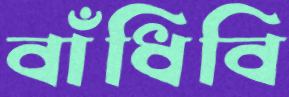
বাঁধিবি